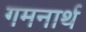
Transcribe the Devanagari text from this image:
गमनार्थ